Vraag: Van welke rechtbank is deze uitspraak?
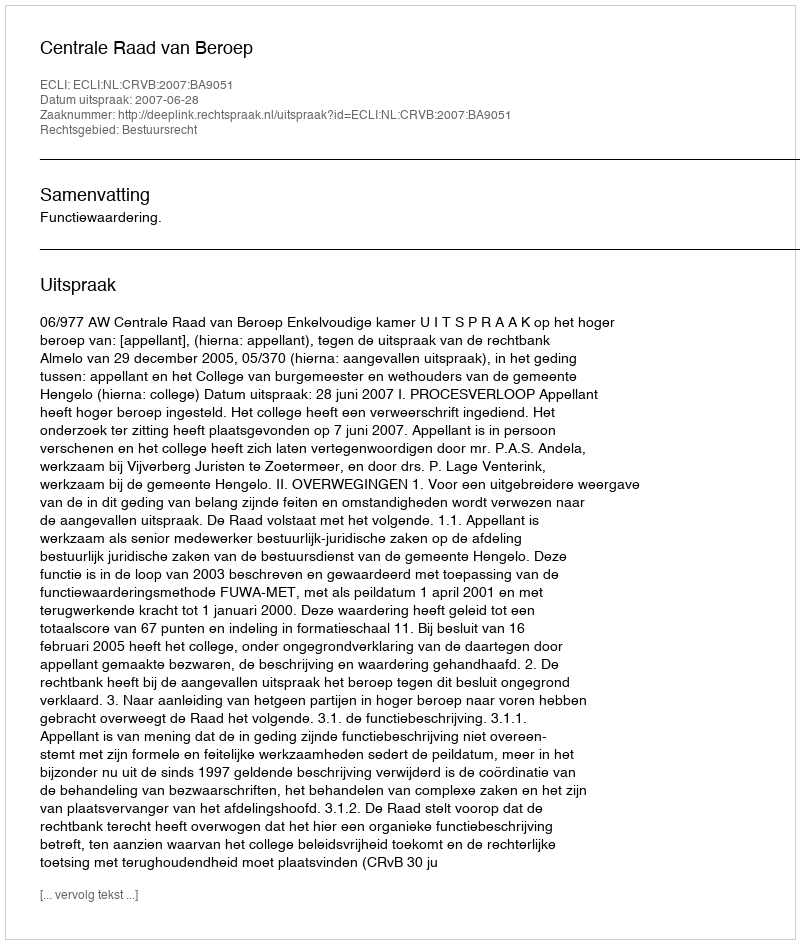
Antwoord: Centrale Raad van Beroep